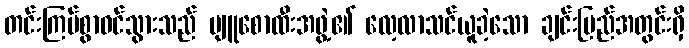
တင်းကြပ်စွာဝင်သွားသည် ပျူစောထီးအဖွဲ့၏ လေ့လာသင်ယူခဲ့သော ချင်းပြည်အတွင်းရှိ